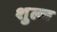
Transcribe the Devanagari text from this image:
शुल्ज